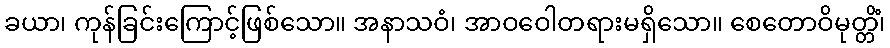
ခယာ၊ ကုန်ခြင်းကြောင့်ဖြစ်သော။ အနာသဝံ၊ အာဝဝေါတရားမရှိသော။ စေတောဝိမုတ္တိံ၊